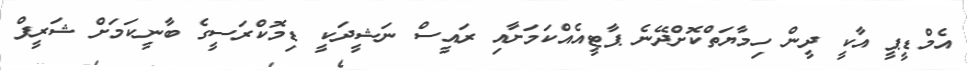
އެމްޑީޕީ އާކީ ދީން ހިމާޔަތްކޮށްދޭނެ ޕާޓީއެއްކަމަށާއި ރައީސް ނަޝީދަކީ ޑިމޮކްރަސީގެ ބާނީކަމަށް ޝަރީފް